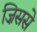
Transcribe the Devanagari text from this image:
ज़िससे